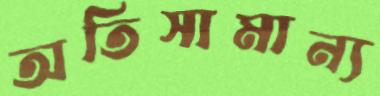
অতিসামান্য